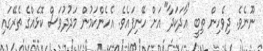
ނޫނެވެ. ދިވެހިން ތިބީ "އާދަކަދާ" އަށް ހޭނިފައެވެ. އެހެންކަމުން މަދުދުވަސް ކޮޅެއްގެ ތެރޭގައި